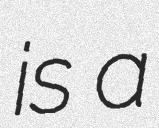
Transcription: is a